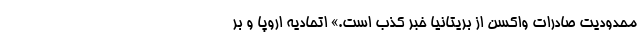
محدودیت صادرات واکسن از بریتانیا خبر کذب است.» اتحادیه اروپا و بر